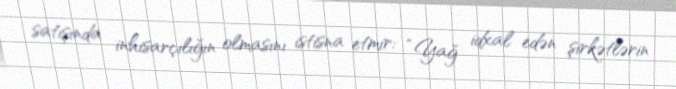
satışında inhisarçılığın olmasını istisna etmir: “Yağ idxal edən şirkətlərin